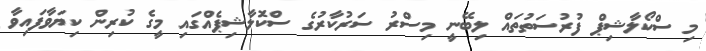
މި ސްކޯލާޝިޕް ފުރުސަތުތައް ލިބޭނީ މިސްރު ސަރުކާރުގެ ސްކޮަލާޝިޕެއްގައި މީގެ ކުރިން ކިޔަވާފައިވާ